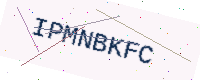
Text: IPMNBKFC